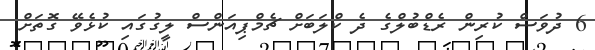
6 ދުވަަސް ކުރިން ރެޑްބުލްގެ ދެ ކްލަބަށް ޗެމްޕިއަންސް ލީގުގައި ކުޅެވޭ ގޮތަށް